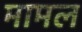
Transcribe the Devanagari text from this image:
मामल